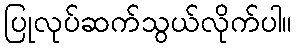
ပြုလုပ်ဆက်သွယ်လိုက်ပါ။